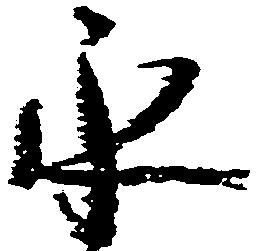
永